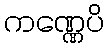
ကဏ္ဏေပိ